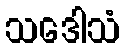
သဒေါသံ